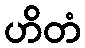
ဟိတံ